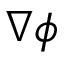
\nabla \phi